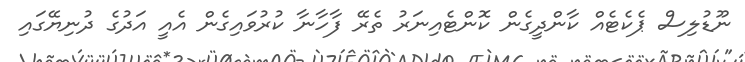
ނޫޑުލިސް ޕެކެޓެއް ކާންދީގެން ކޮންޓެއިނަރު ތެރޭ ފާހާނާ ކުރުވައިގެން އެއީ އަދުގެ ދުނިޔޭގައި